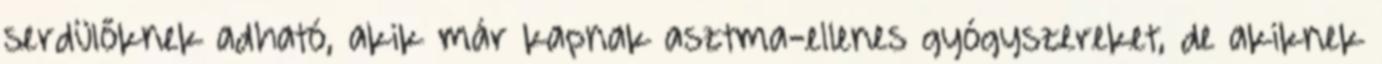
serdülőknek adható, akik már kapnak asztma-ellenes gyógyszereket, de akiknek